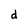
Character: d